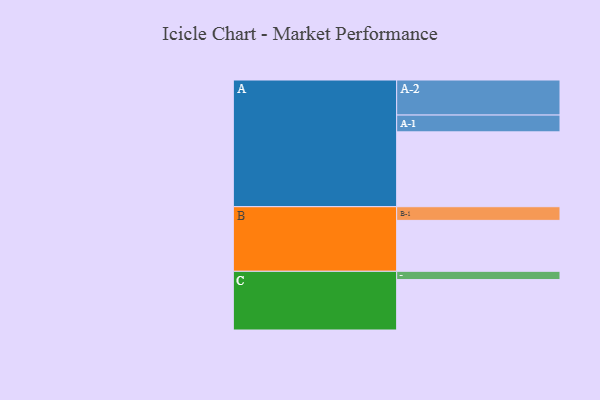
{"axis": {"x": "Segment", "y": "Value"}, "legend": ["", "A", "B", "C"], "data": [{"x": "A", "y": 570, "type": ""}, {"x": "B", "y": 388, "type": ""}, {"x": "C", "y": 384, "type": ""}, {"x": "A-1", "y": 128, "type": "A"}, {"x": "A-2", "y": 267, "type": "A"}, {"x": "B-1", "y": 104, "type": "B"}, {"x": "C-1", "y": 63, "type": "C"}]}